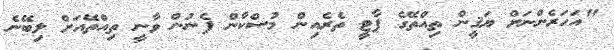
"އަހަރެންނަށް ޔަޤީން ތިއްތޭގެ ޕާޓީ ތެރެއިން މުސްކާން ފެނުން ވާނީ ތިއްތޭއަށް ލިބޭނެ